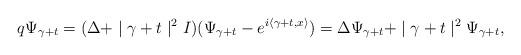
LaTeX: \begin{align*}q\Psi_{\gamma+t}=(\Delta+\mid\gamma+t\mid^{2}I)(\Psi_{\gamma+t}-e^{i\left\langle \gamma+t,x\right\rangle })=\Delta\Psi_{\gamma+t}+\mid\gamma+t\mid^{2}\Psi_{\gamma+t},\end{align*}